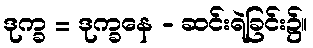
ဒုက္ခ = ဒုက္ခနေ - ဆင်းရဲခြင်း၌။